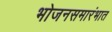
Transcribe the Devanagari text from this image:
भोजनसमारंभात